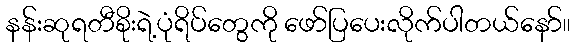
နန်းဆုရတီစိုးရဲ့ပုံရိပ်တွေကို ဖော်ပြပေးလိုက်ပါတယ်နော်။